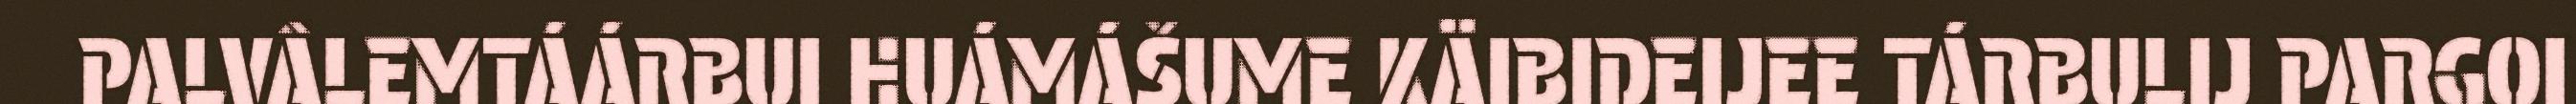
PALVÂLEMTÁÁRBUI HUÁMÁŠUME KÄIBIDEIJEE TÁRBULIJ PARGOI